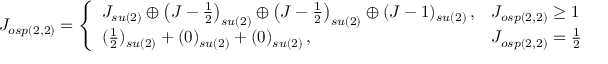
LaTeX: J _ { o s p ( 2 , 2 ) } = \left\{ \begin{array} { l l } { { J _ { s u ( 2 ) } \oplus \left( J - \frac { 1 } { 2 } \right) _ { s u ( 2 ) } \oplus \left( J - \frac { 1 } { 2 } \right) _ { s u ( 2 ) } \oplus ( J - 1 ) _ { s u ( 2 ) } \, , } } & { { J _ { o s p ( 2 , 2 ) } \geq 1 \, ; } } \\ { { ( \frac { 1 } { 2 } ) _ { s u ( 2 ) } + ( 0 ) _ { s u ( 2 ) } + ( 0 ) _ { s u ( 2 ) } \, , } } & { { J _ { o s p ( 2 , 2 ) } = \frac { 1 } { 2 } \, . } } \end{array} \right.